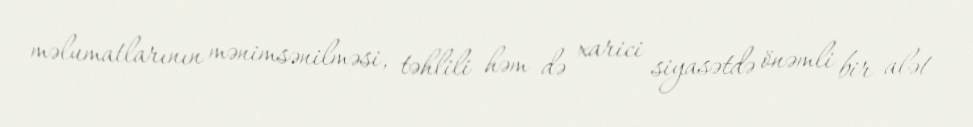
məlumatlarının mənimsənilməsi, təhlili həm də xarici siyasətdə önəmli bir alət